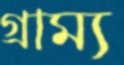
গ্রাম্য